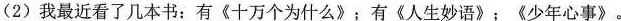
(2)我最近看了几本书：有《十万个为什么》；有《人生妙语》；《少年心事》。